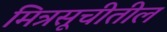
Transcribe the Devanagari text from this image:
मित्रसूचीतील